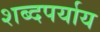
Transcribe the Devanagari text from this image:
शब्दपर्याय